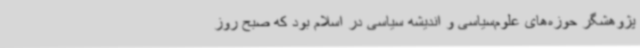
پژوهشگر حوزه‌های علوم‌سیاسی و اندیشه سیاسی در اسلام بود که صبح روز